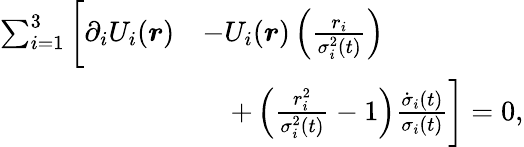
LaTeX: \begin{array}{rl}{\sum_{i=1}^{3}\bigg[\partial_{i}U_{i}(\boldsymbol{r})}&{-U_{i}(\boldsymbol{r})\left(\frac{r_{i}}{\sigma_{i}^{2}(t)}\right)}\\ &{\quad+\left(\frac{r_{i}^{2}}{\sigma_{i}^{2}(t)}-1\right)\frac{\dot{\sigma}_{i}(t)}{\sigma_{i}(t)}\bigg]=0,}\end{array}